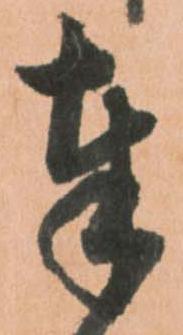
奉